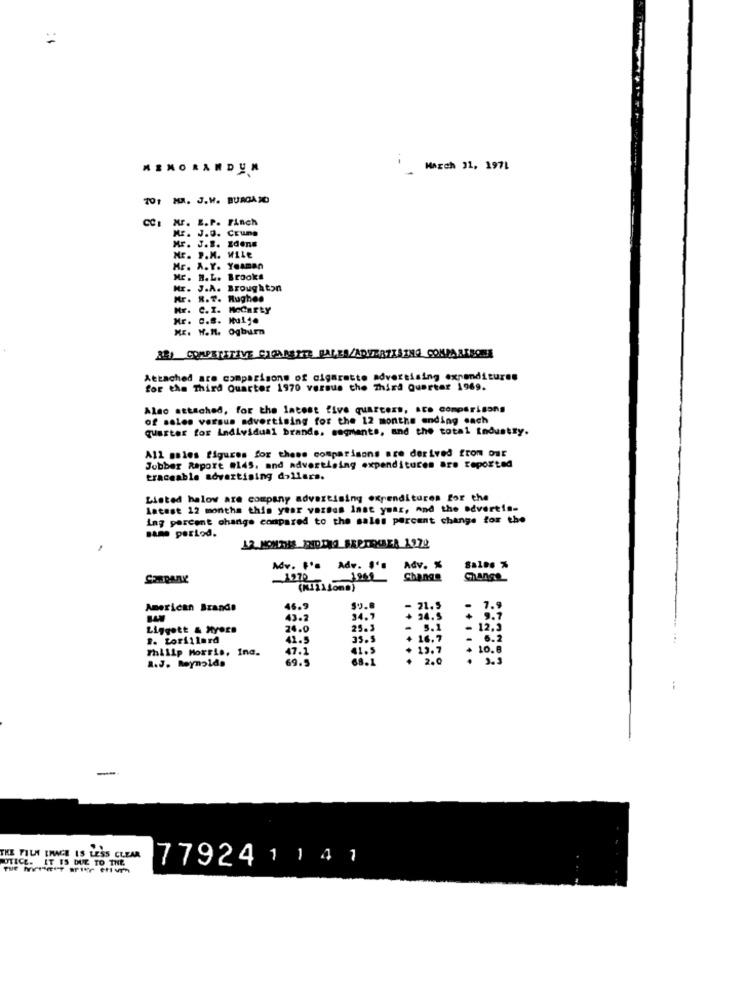
MEMORANDUM
March 31, 1971
1 M. J.H. BURGA JO
CCI MF. E.P. Finch
Mr. J.O. Crune
Mr. J.B. Edens
Mr. P.M. MILE
Mr. A.Y. Yeaman
Mr. R. L. Brooks
Hr. J.A. Broughton
Mr .
R.T. Hughes
Mr.
C. I. MeCarLY
Mr. C.S. Nulf.
ME. W.H. Ogburn
32) COMPETITIVE CIGARETTE BALEA/ADVERTISING COMPARTECHE
Attached are comparisons of cigarette advertising expenditures
for the Third Quarter 1970 versus the Third Quarter 1969.
Also attached, for the latest five quarters, &Co comparisons
of sales versus advertising for the 12 months ending each
quarter for Individual brands, segments, and the total industry.
All sales figures for these comparisons are derived from our
Jubber Raport #145, and advertising expenditures are reported
traceable advertising dollars.
Listed halow are company advertising expenditures for the
Latest 12 months this year vardes Inst ynar, And the advertis-
ing percent change compared to the sales percent change for the
same period.
Adv. F's Adv. S'
Adv. %
Sales %
1969
Change
American Brande
46.9
S9.8
- 21.5
7.9
43.2
34.7
+ 24.5
+ 9.7
Liggott & Myers
24.0
25.3
5.1
12,3
P. Lorillard
41.5
35.5
16.7
5.2
Philip Morris, Inc.
47.1
41.5
12.7
+ 10.8
R.J. Reynolds
69.5
68.1
2.0
. 3.3
THE FILM IMAGE IS LESS CLEAR
NOTICE. IT IS DUE TO THE
779241141